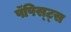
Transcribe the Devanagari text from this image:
पॅपिस्ट्स